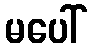
မပေါ်